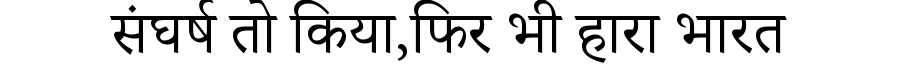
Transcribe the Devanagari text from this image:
संघर्ष तो किया,फिर भी हारा भारत